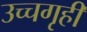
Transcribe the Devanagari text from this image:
उच्चगृही